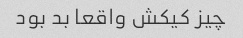
چیز کیکش واقعا بد بود